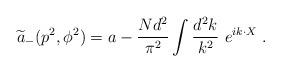
LaTeX: \begin{align*} {\widetilde a}_-(p^2,\phi^2)= a-{Nd^2\over\pi^2}\int {d^2 k\over k^2}~e^{ik\cdot X}~.\end{align*}